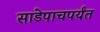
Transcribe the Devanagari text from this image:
साडेपाचपर्यंत